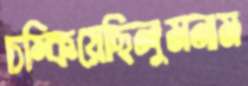
চম্‌কিয়েছিলুমনাম